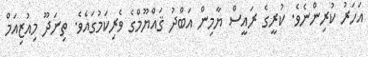
އަހަރު ކުރިންނެވެ. ކުރީގެ ރައީސް ޔާމިން އަބްދު ޤައްޔޫމްގެ ވެރިކަމުގައެވެ. ތިނަދޫ މިއުޒިއަމް